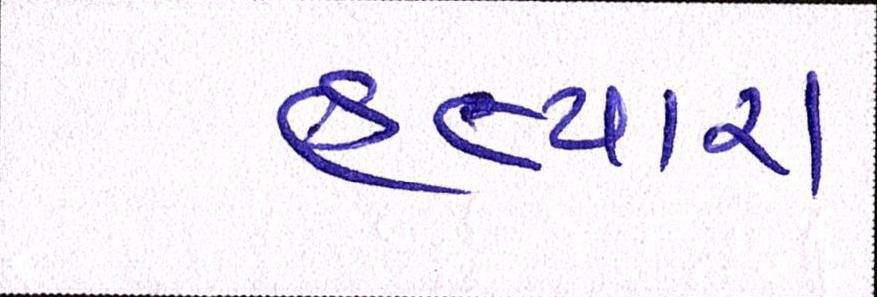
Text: હત્યારા